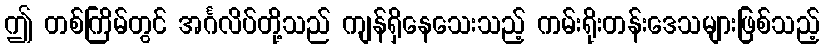
ဤ တစ်ကြိမ်တွင် အင်္ဂလိပ်တို့သည် ကျန်ရှိနေသေးသည့် ကမ်းရိုးတန်းဒေသများဖြစ်သည့်